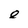
Character: e